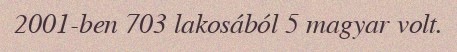
2001-ben 703 lakosából 5 magyar volt.